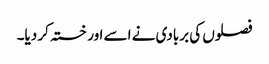
فصلوں کی بربادی نے اسے اور خستہ کر دیا۔